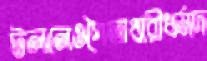
টললেওপৈতাধারীধর্মদ